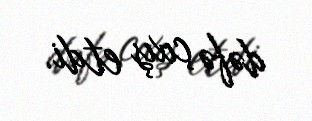
dəfə çıxış etdi.